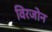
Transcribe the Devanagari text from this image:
विरजोन